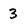
Character: 3